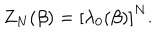
LaTeX: Z _ { N } ( \beta ) = \left[ \lambda _ { 0 } ( \beta ) \right] ^ { N } .